Scottish Leaving Certificate Examination, 1959
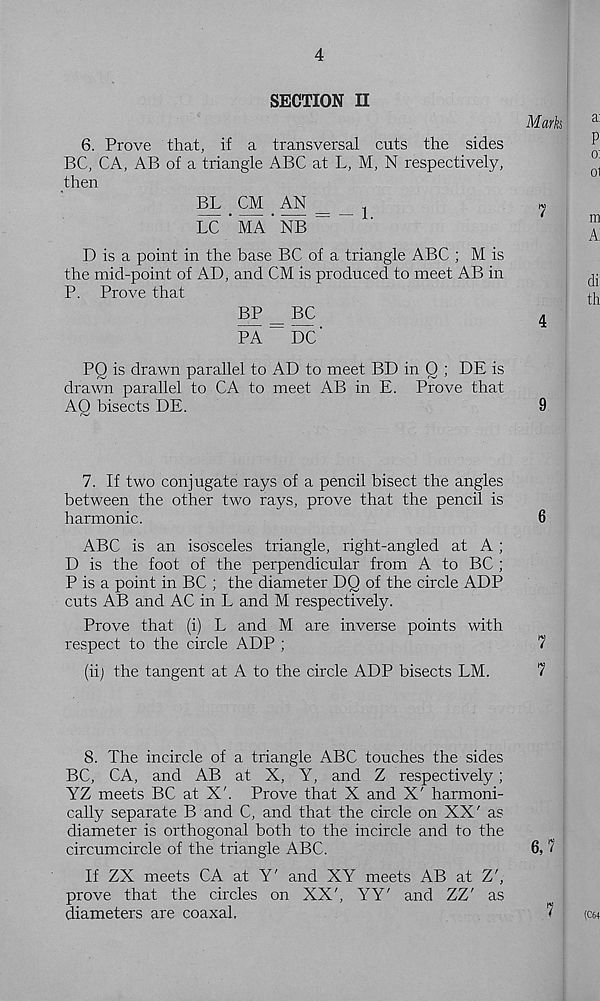
4
SECTION II
Marks
6. Prove that, if a transversal cuts the sides
BC, CA, AB of a triangle ABC at L, M, N respectively,
then
BL CM AN _ _ 1
7
IX ’ MA ‘ NB “
D is a point in the base BC of a triangle ABC ; M is
the mid-point of AD, and CM is produced to meet AB in
P. Prove that
BP _ BC
4
PA ~~ DC'
PO is drawn parallel to AD to meet BD in Q ; DE is
drawn parallel to CA to meet AB in E. Prove that
AO bisects DE.
9
7. If two conjugate rays of a pencil bisect the angles
between the other two rays, prove that the pencil is
harmonic.
6
ABC is an isosceles triangle, right-angled at A;
D is the foot of the perpendicular from A to BC ;
P is a point in BC ; the diameter DQ of the circle ADP
cuts AB and AC in L and M respectively.
Prove that (i) L and M are inverse points with
respect to the circle ADP ;
7
(ii) the tangent at A to the circle ADP bisects LM.
7
8. The incircle of a triangle ABC touches the sides
BC, CA, and AB at X, Y, and Z respectively;
YZ meets BC at X'. Prove that X and X' harmoni-
cally separate B and C, and that the circle on XX' as
diameter is orthogonal both to the incircle and to the
circumcircle of the triangle ABC.
6, 7
If ZX meets CA at Y' and XY meets AB at Z',
prove that the circles on XX', YY' and ZZ' as
diameters are coaxal,
7